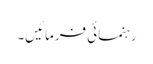
رہنمائی فرمائیں۔